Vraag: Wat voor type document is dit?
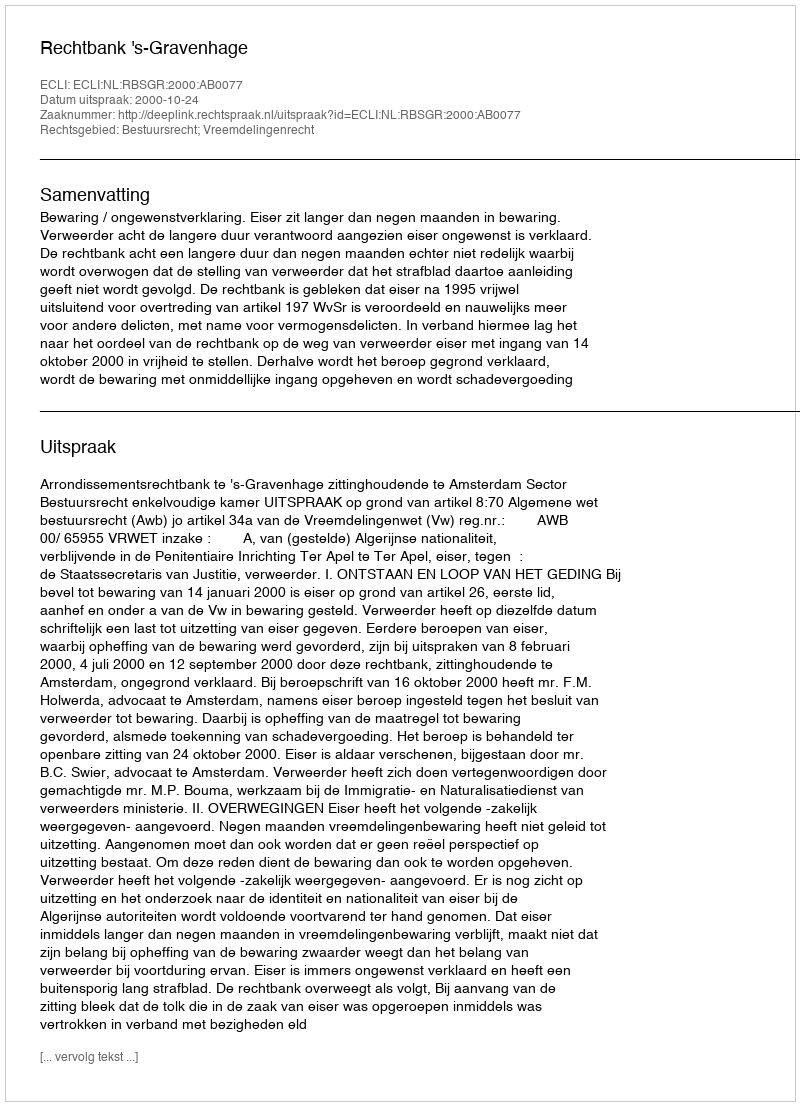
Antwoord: Uitspraak